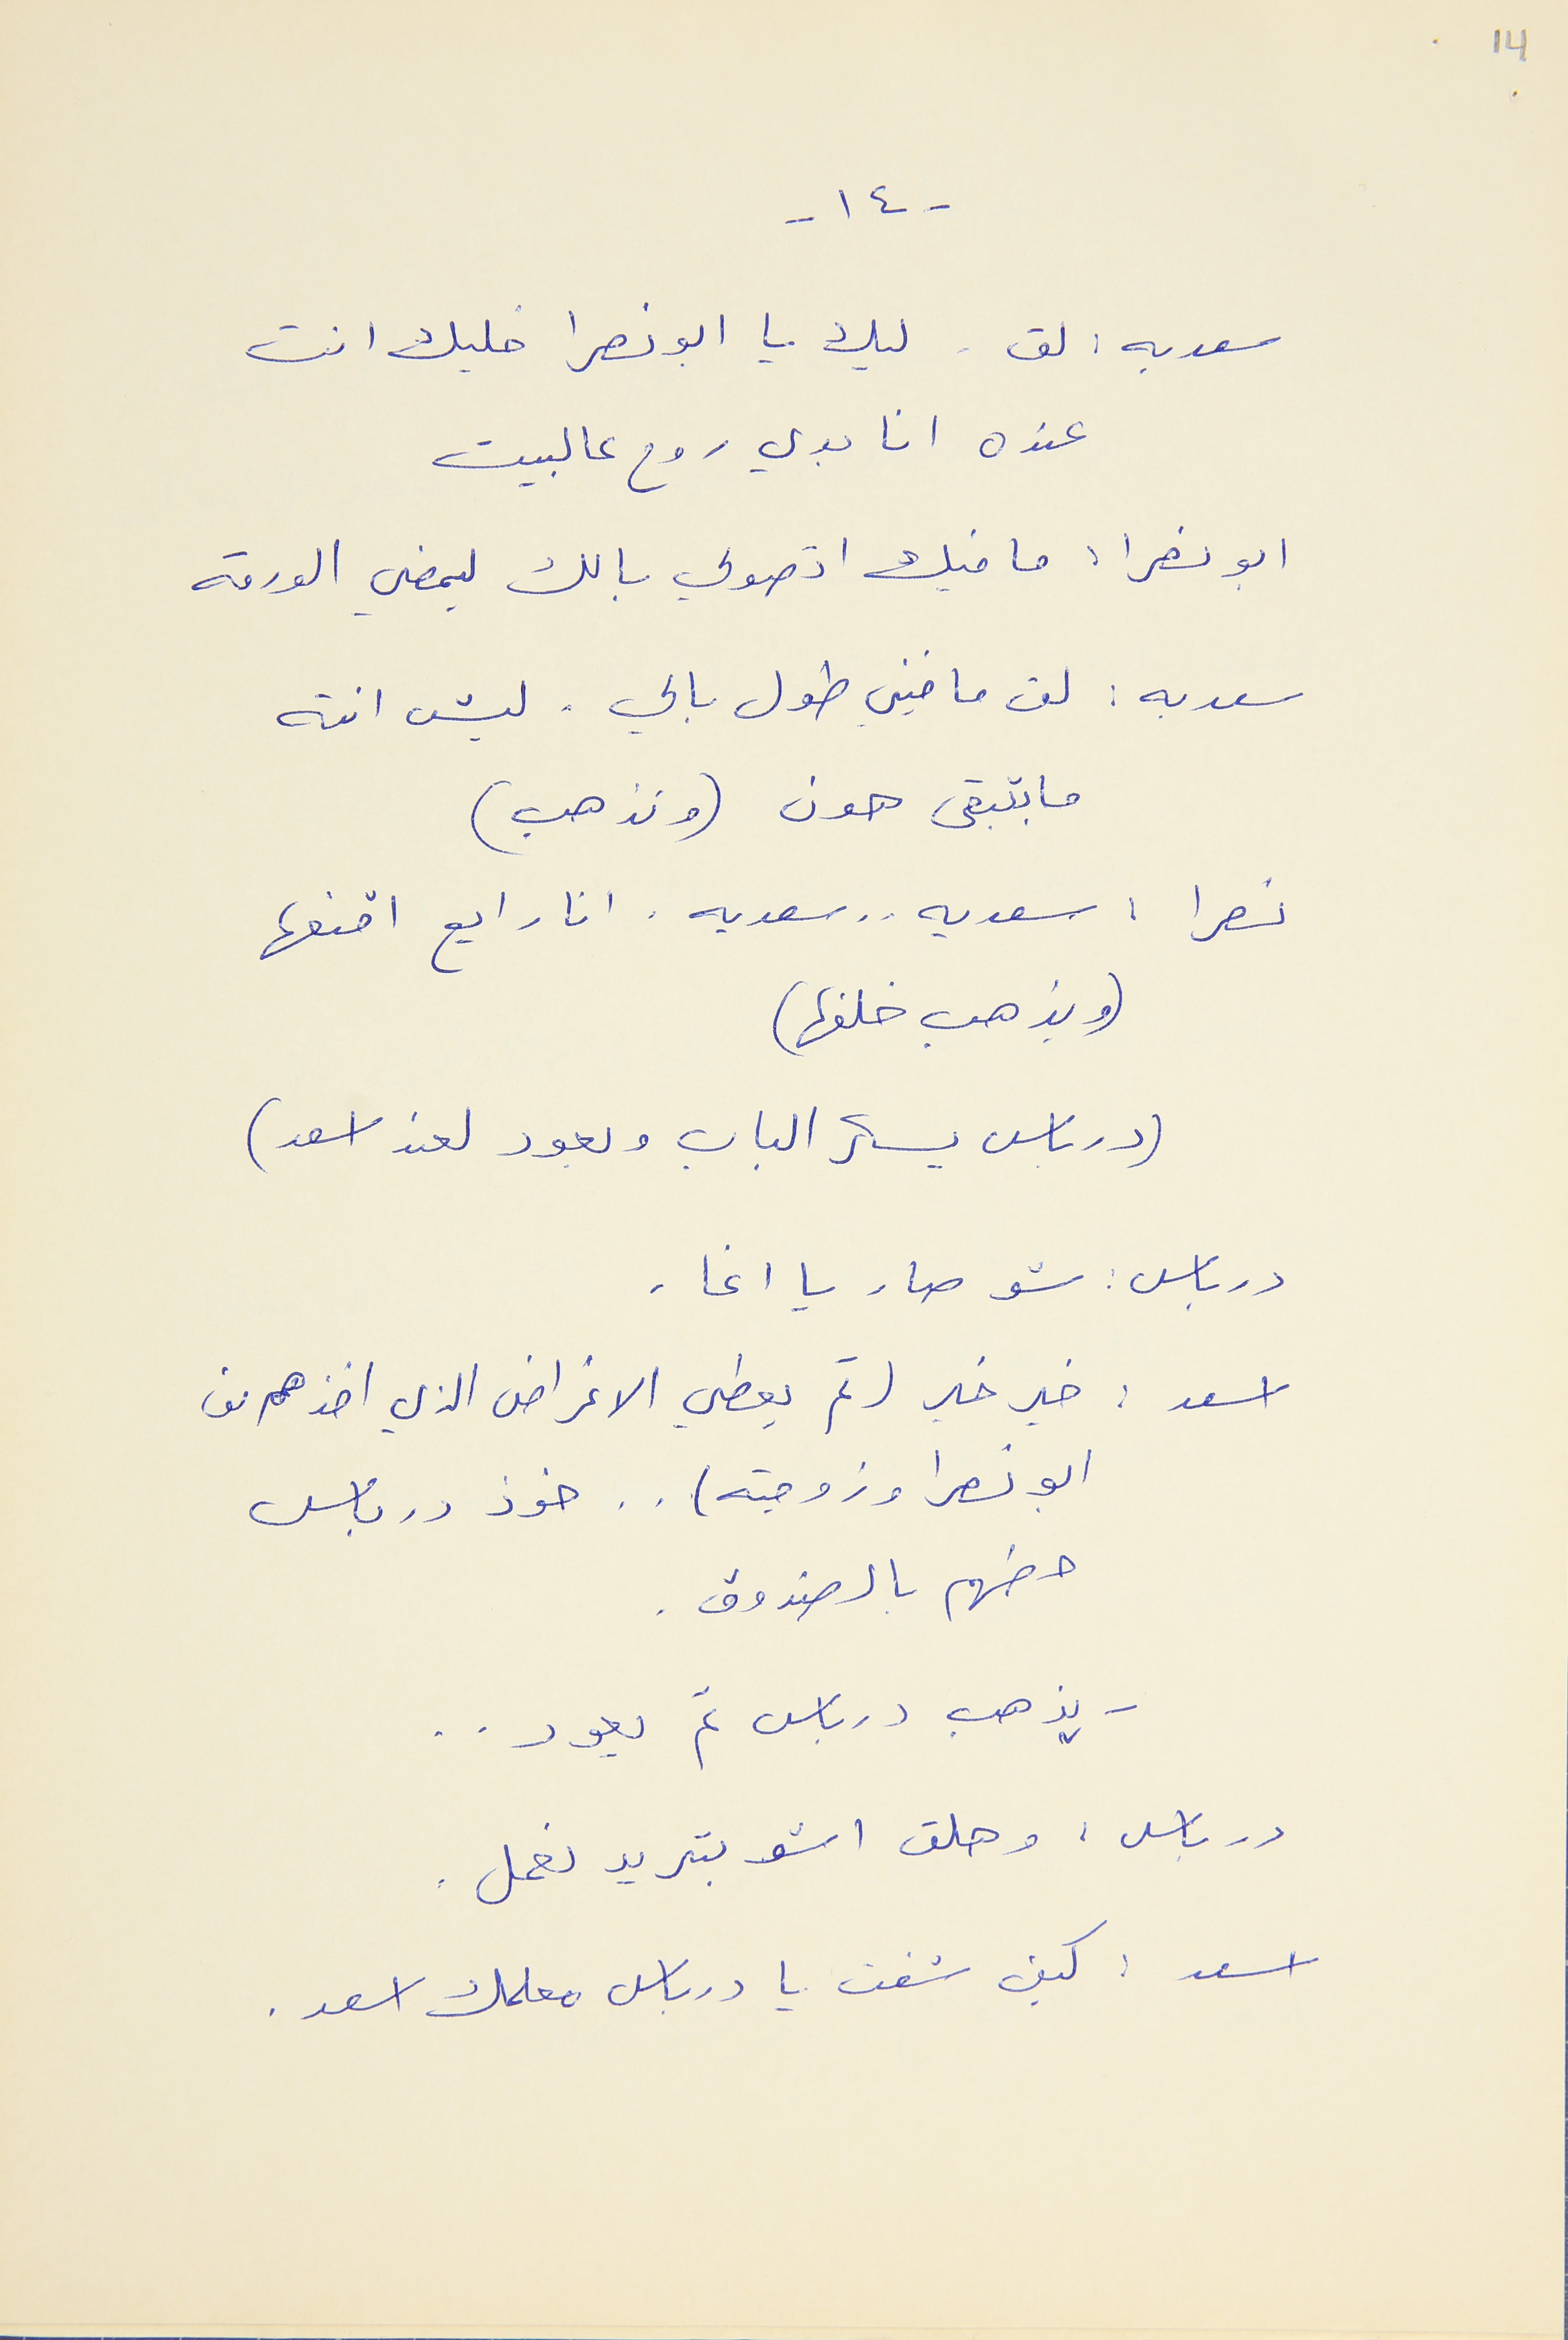
14
- ١٤ -
سعديه : لق . ليك يا ابو نصرا خليك انت
عنده انا بدي روح عالبيت
ابو نصرا : ما فيك اتصولي بالك ليمضي الورقه
سعديه : لق ما فيني طول بالي . ليش انته
ما بتبقى هون (وتذهب)
نصرا : سعديه . . سعديه . انا رايح اقنعها
(ويذهب خلفها)
(درباس يسكر الباب ويعود لعند اسعد )
درباس : شو صار يا اغا .
اسعد : خير خير (ثم يعطي الاغراض الذي اخذهم من
ابو نصرا وزوجته) . . خوذ درباس
حطهم بالصندوق .
يذهب درباس ثم يعود . .
درباس : وهلق اشو بتريد نعمل .
اسعد : كيف شفت يا درباس معلمك اسعد .